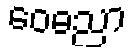
ဝေဓညာ